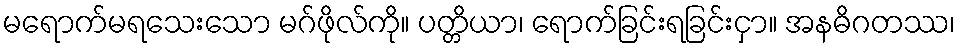
မရောက်မရသေးသော မဂ်ဖိုလ်ကို။ ပတ္တိယာ၊ ရောက်ခြင်းရခြင်းငှာ။ အနဓိဂတဿ၊